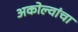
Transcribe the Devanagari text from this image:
अकोल्वांचा